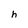
Character: h